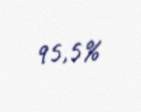
95,5%